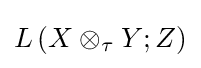
L\left(X\otimes _{\tau }Y;Z\right)